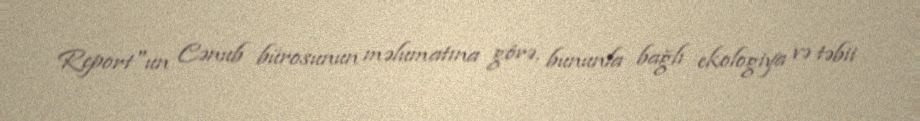
Report"un Cənub bürosunun məlumatına görə, bununla bağlı ekologiya və təbii